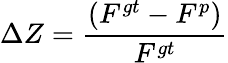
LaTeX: \Delta Z=\frac{(F^{gt}-F^{p})}{F^{gt}}